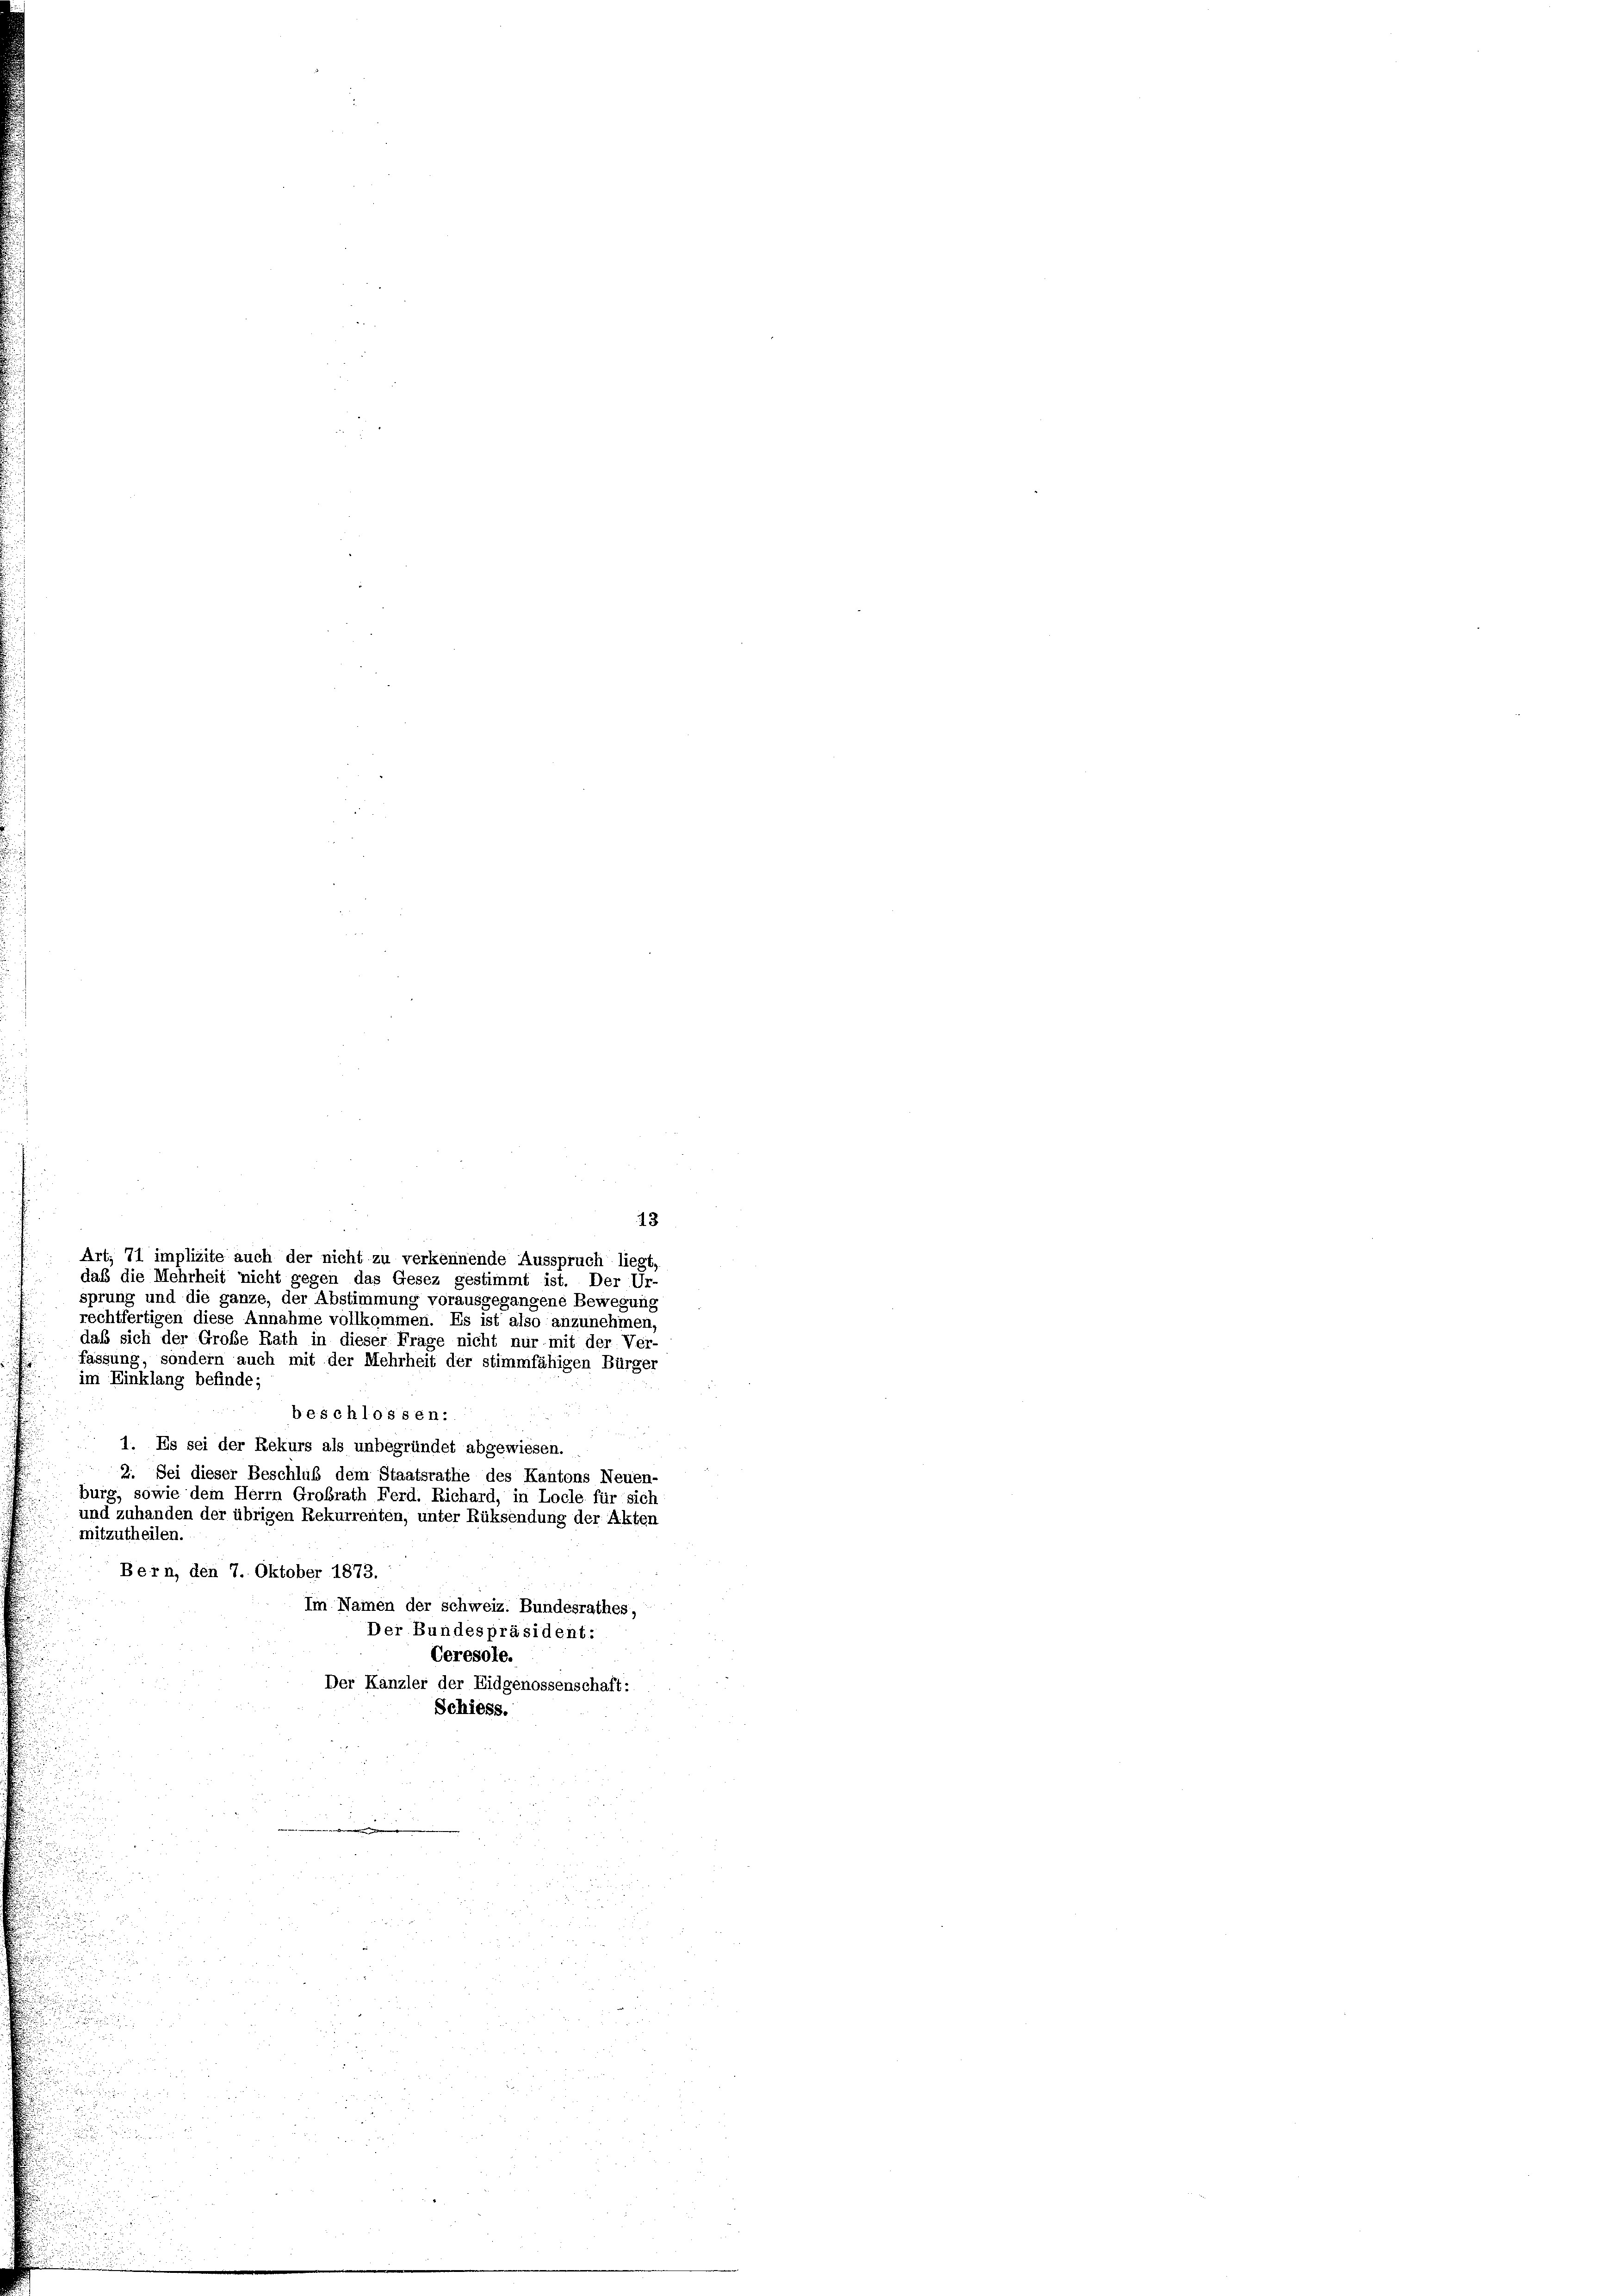
daß die Mehrheit nicht gegen das Gesez gestimmt ist. Der Ur-
sprung und die ganze, der Abstimmung vorausgegangene Bewegung
rechtfertigen diese Annahme vollkommen. Es ist also anzunehmen
daß sich der Große Rath in dieser Frage nicht nur mit der Ver-
fassung, sondern auch mit der Mehrheit der stimmfähigen Bürger
im Einklang befinde;
 beschlossen.
1. Es sei der Rekurs als unbegründet abgewiesen.
2. Sei dieser Beschluß dem Staatsrathe des Kantons Neuen-
burg, sowie dem Herrn Grobrath Ferd. Richard, in Locle für sich
und zuhanden der übrigen Rekurrenten, unter Rüksendung der Akten
mitzutheilen.
Bern, den 7. Oktober 1873.
Im Namen der schweiz. Bundesrathes,
Der Bundespräsident:
Ceresole.
Der Kanzler der Eidgenossenschaft:
Schiess.
e
e

 28
25 u.

n
.
22335

10
g
2
.
.

e
8

Art. 71 implizite auch der nicht zu verkennende Ausspruch liegt,

13